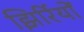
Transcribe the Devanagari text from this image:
झिर्रियों